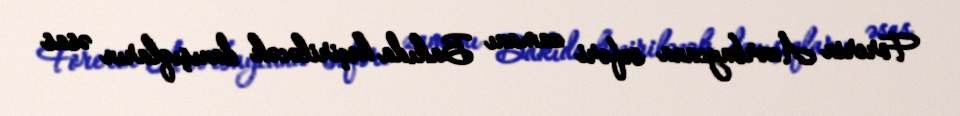
Forerin Azərbaycana səfəri zamanı Bakıda keçiriləcək danışıqların əsas